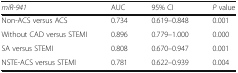
| miR-941 | AUC | 95% CI | P value |
 | --- | --- | --- | --- |
 | Non-ACS versus ACS | 0.734 | 0.619–0.848 | 0.001 |
 | Without CAD versus STEMI | 0.896 | 0.779–1.000 | 0.000 |
 | SA versus STEMI | 0.808 | 0.670–0.947 | 0.001 |
 | NSTE-ACS versus STEMI | 0.781 | 0.622–0.939 | 0.004 |